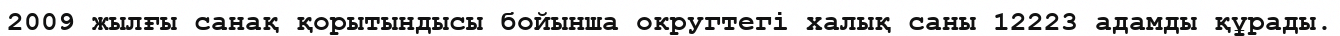
2009 жылғы санақ қорытындысы бойынша округтегі халық саны 12223 адамды құрады.